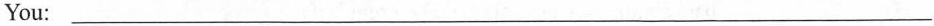
You:___